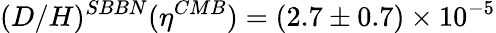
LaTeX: (D/H)^{SBBN}(\eta^{CMB})=(2.7\pm 0.7)\times 10^{-5}